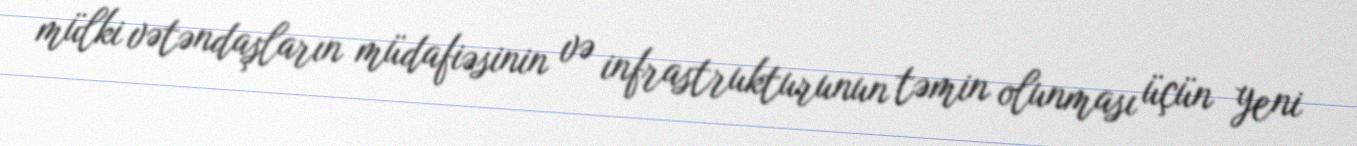
mülki vətəndaşların müdafiəsinin və infrastrukturunun təmin olunması üçün yeni